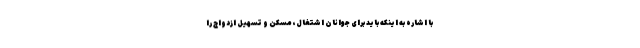
با اشاره به اینکه باید برای جوانان اشتغال، مسکن و تسهیل ازدواج را